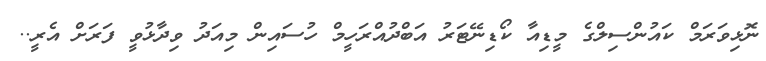
ނޮޅިވަރަމް ކައުންސިލްގެ މީޑިއާ ކޯޑިނޭޓަރު އަބްދުއްރަހީމް ހުސައިން މިއަދު ވިދާޅުވީ ފަރަށް އެރީ..